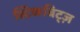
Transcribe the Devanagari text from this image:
स्टिकबिट्ज़